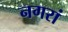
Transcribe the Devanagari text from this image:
नगरां